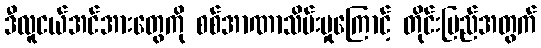
ဒီလူငယ်အင်အားတွေကို စစ်အာဏာသိမ်းမှုကြောင့် တိုင်းပြည်အတွက်